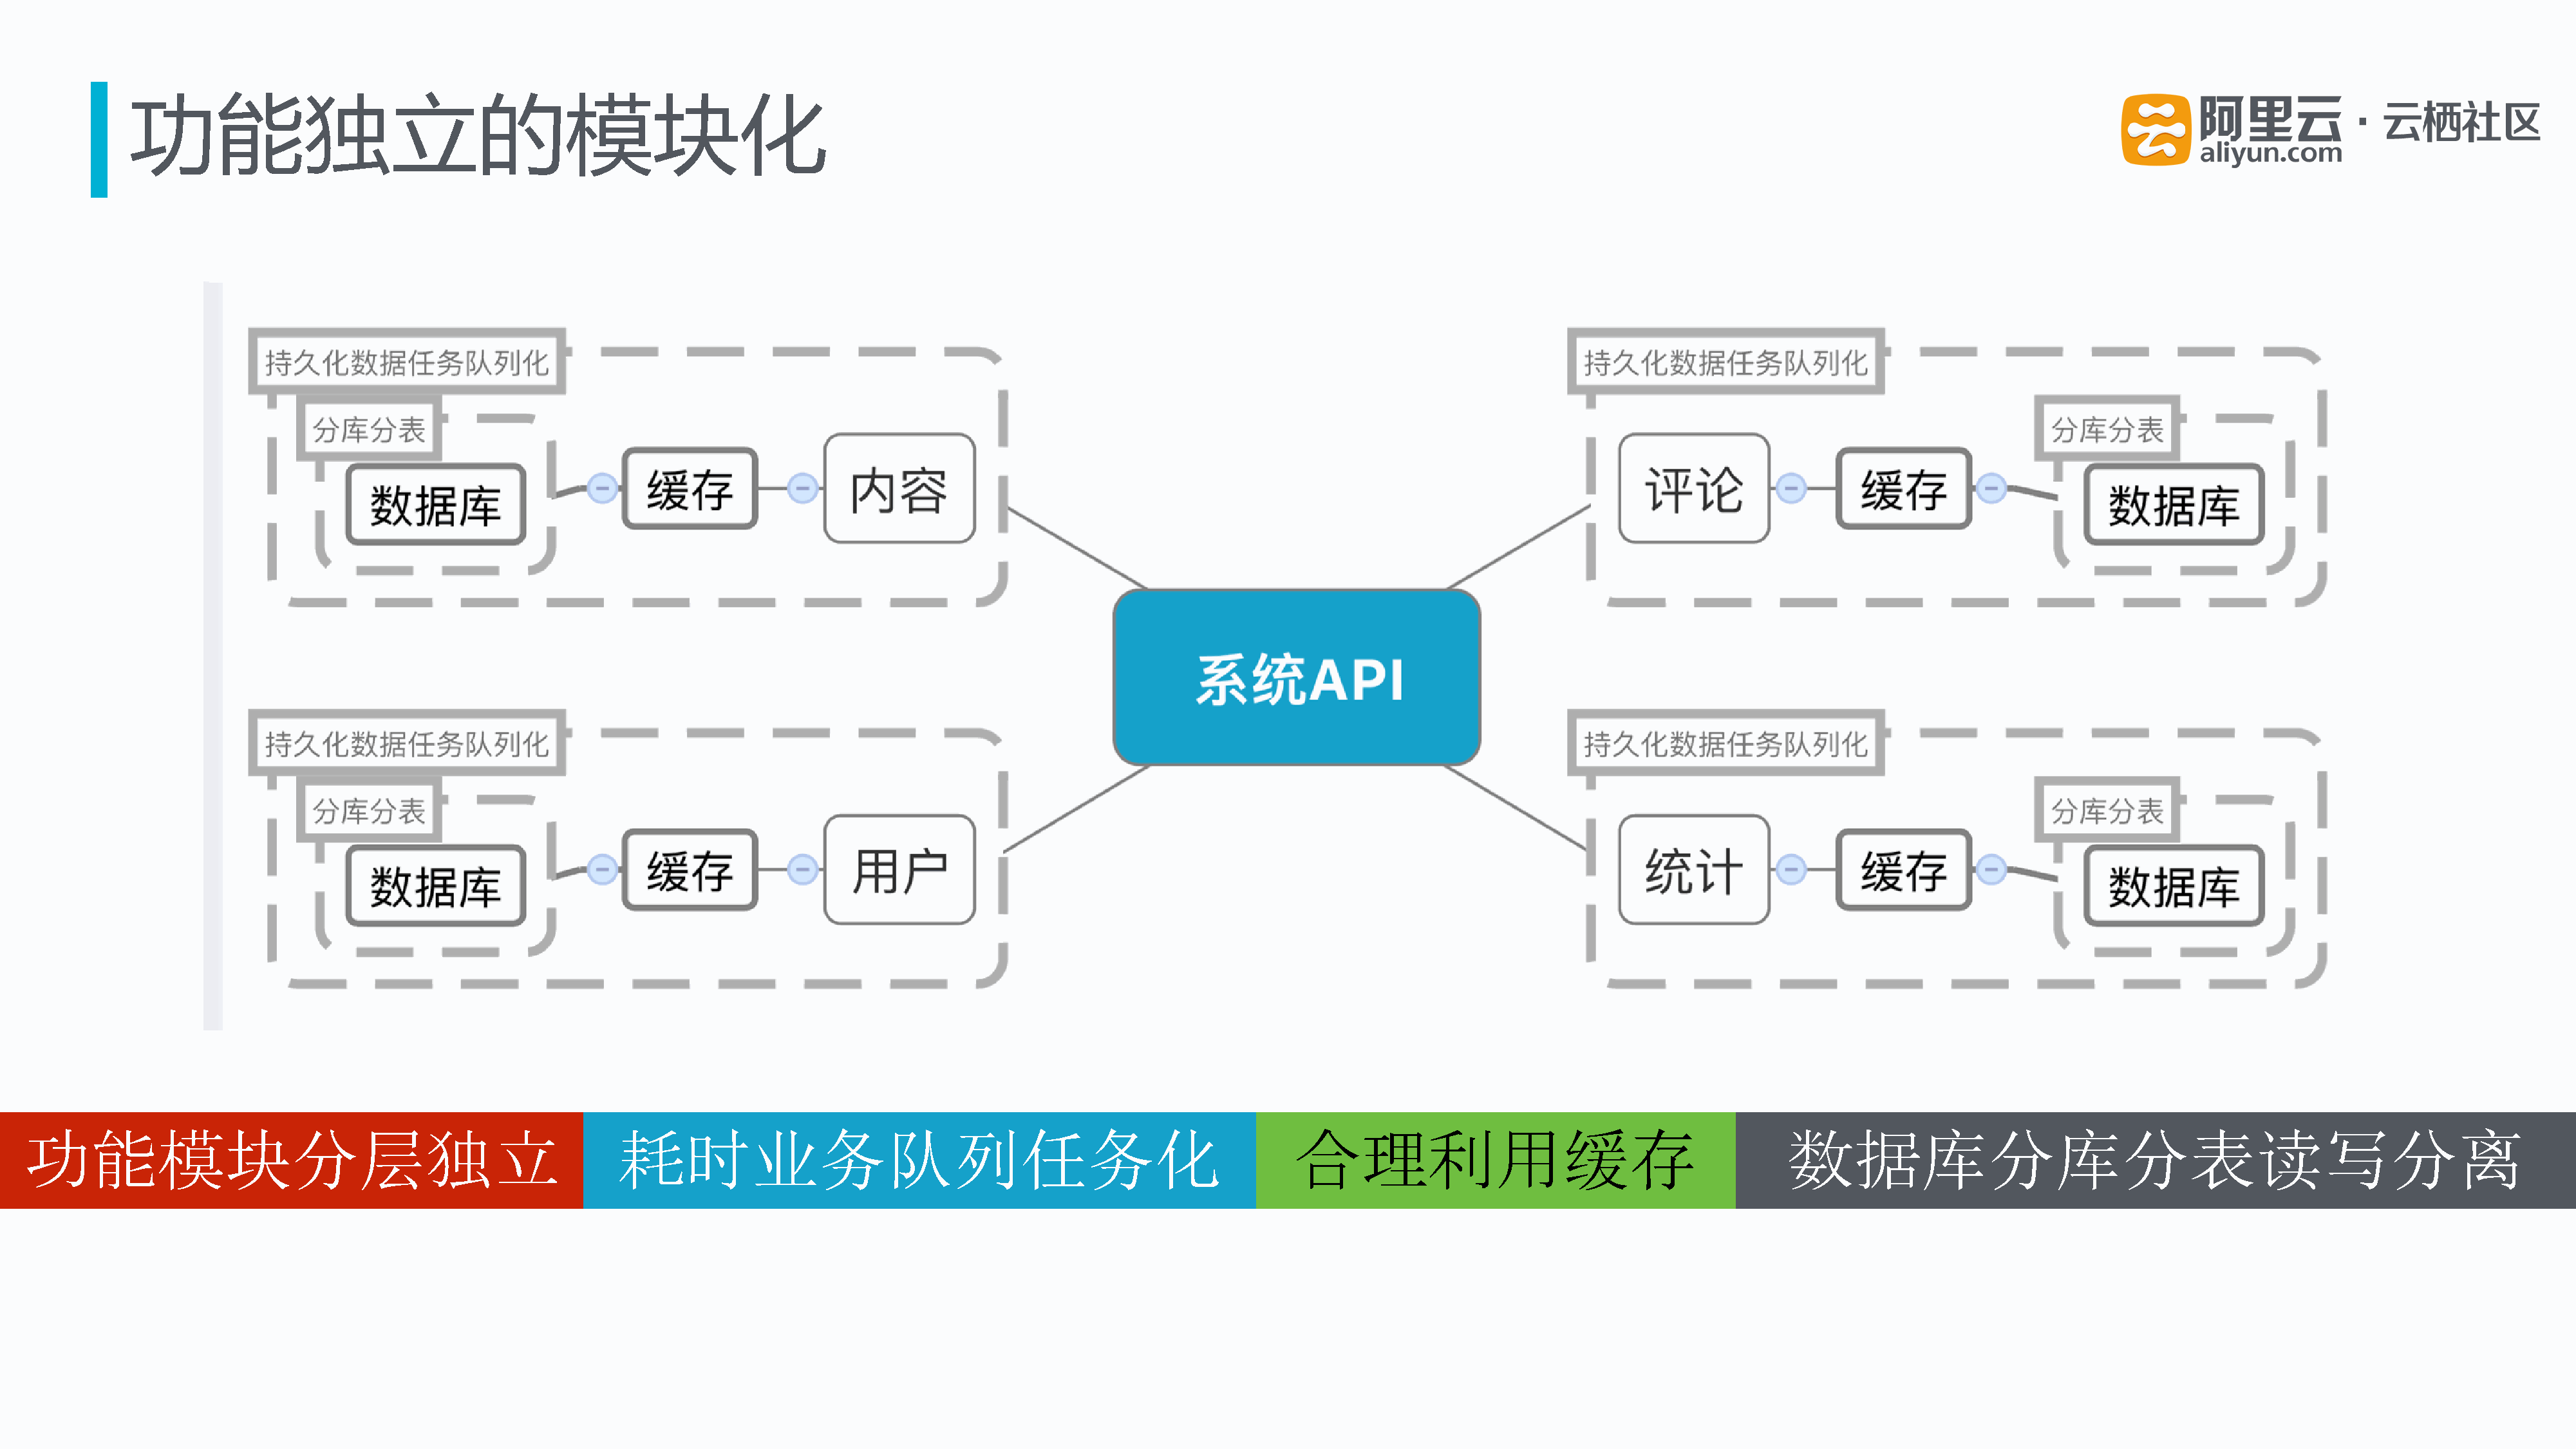
功能独立的模块化
 10
 功能模块分层独立                                                      耗时业务队列任务化                                                            合理利用缓存                                             数据库分库分表读写分离